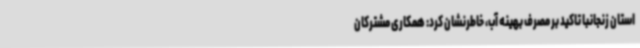
استان زنجانبا تاکید بر مصرف بهینه آب، خاطرنشان کرد: همکاری مشترکان